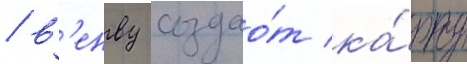
/ в'енву создао́т ка́рту